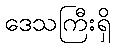
ဒေသကြီးရှိ